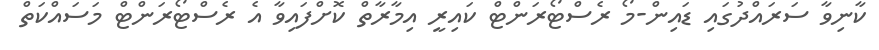
ކާނިވާ ސަރައްދުގައި ޑައިން-މޯ ރެސްޓޯރަންޓް ކައިރީ އިމާރާތް ކޮށްފައިވާ އެ ރެސްޓޯރަންޓް މަސައްކަތް